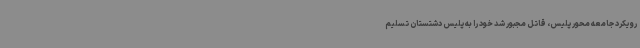
رویکرد جامعه محور پلیس، قاتل مجبور شد خود را به پلیس دشتستان تسلیم